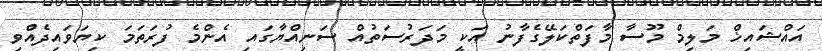
އައްޝައިޚް މަލިމް މޫސާ މާފަތްކަލޭގެފާނު އަކީ މަދަރުސަތުއް ސަނިއްޔާގައި އެންމެ ފުރަތަމަ ކިޔަވައިދެއްވި